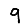
Digit: 9